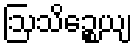
ဩသိဉ္စေယျ